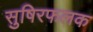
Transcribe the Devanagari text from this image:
सुषिरफलक